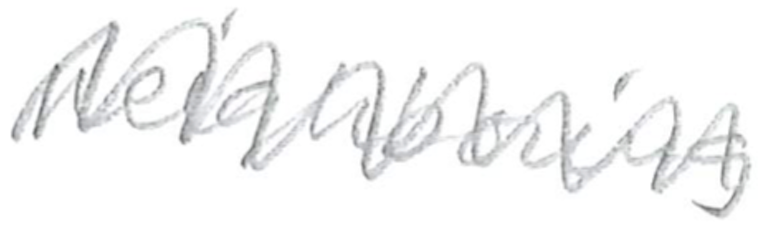
Text: neighboring
Cross-out: mix
Writing tool: pencil